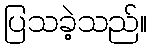
ပြသခဲ့သည်။